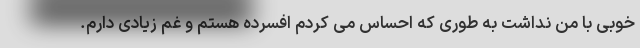
خوبی با من نداشت به طوری که احساس می کردم افسرده هستم و غم زیادی دارم.